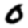
Digit: 0